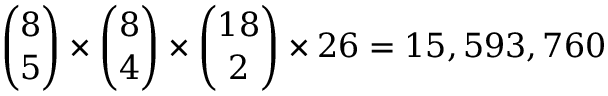
\binom { 8 } { 5 } \times \binom { 8 } { 4 } \times \binom { 1 8 } { 2 } \times 2 6 = 1 5 , 5 9 3 , 7 6 0